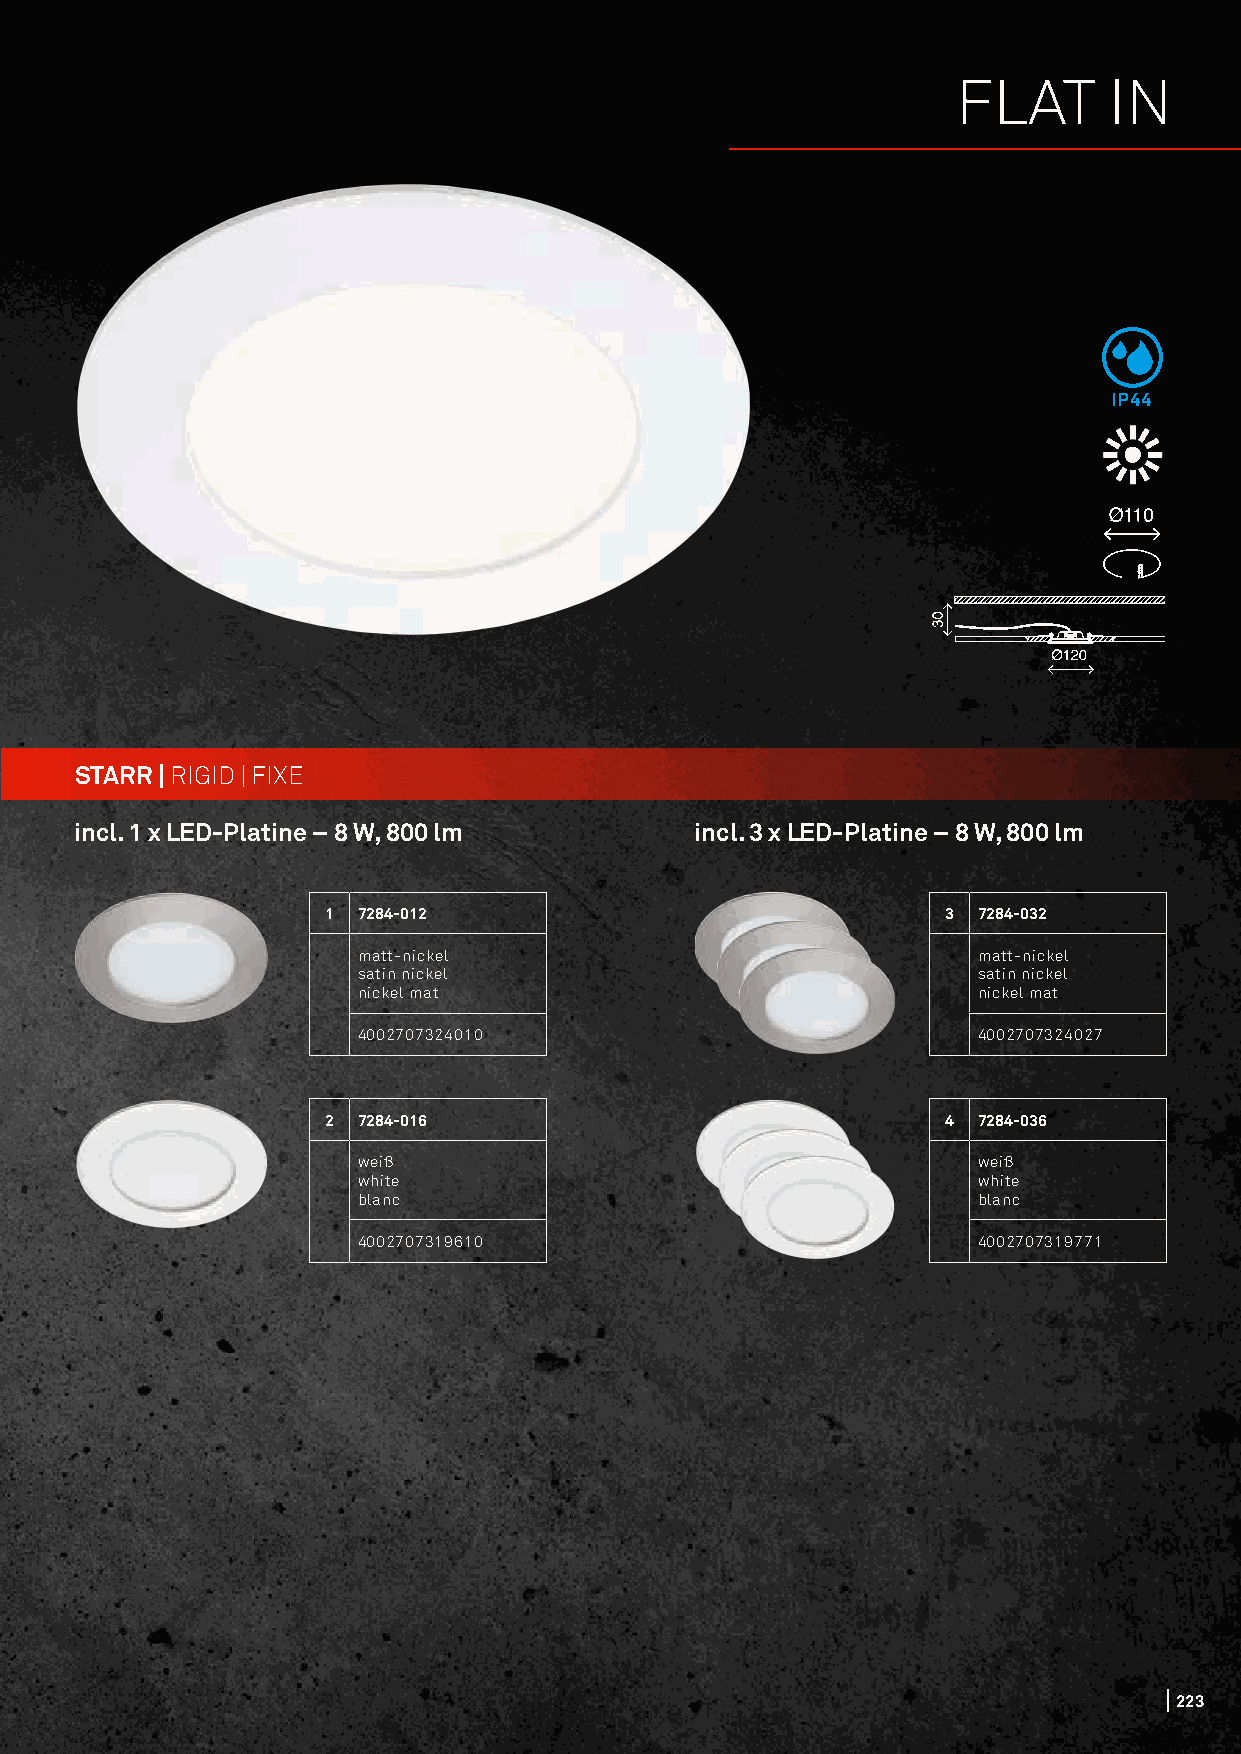
FLAT      IN
 IP44
 STARR | RIGID | FIXE
 incl. 1 x LED-Platine – 8 W, 800 lm      incl. 3 x LED-Platine – 8 W, 800 lm
 1  7284-012                               3 7284-032
 matt-nickel                              matt-nickel
 satin nickel                             satin nickel
 nickel mat                               nickel mat
 4002707324010                            4002707324027
 2  7284-016                               4 7284-036
 weiß                                     weiß
 white                                    white
 blanc                                    blanc
 4002707319610                            4002707319771
 223